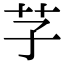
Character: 芓